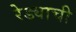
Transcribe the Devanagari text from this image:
रेड्याची